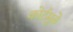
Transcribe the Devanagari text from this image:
कोर्टमुळे